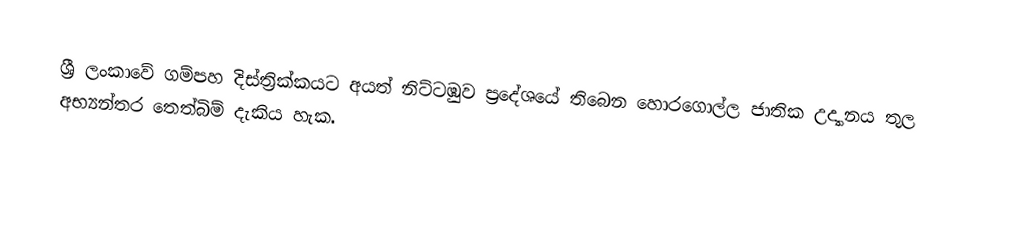
ශ්‍රී ලංකාවේ ගම්පහ දිස්ත්‍රික්කයට අයත් නිට්ටඹුව ප්‍රදේශයේ තිබෙන හොරගොල්ල ජාතික උද්‍යානය තුල අභ්‍යන්තර තෙත්බිම් දැකිය හැක.